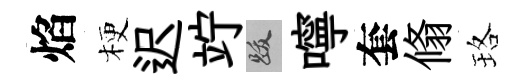
焰梗迟竚跋嚀套翛珞